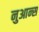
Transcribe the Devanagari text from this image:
नुआन्स